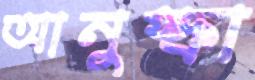
আনুস্কা